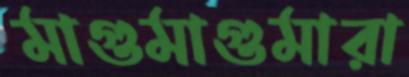
মাগুমাগুমারা